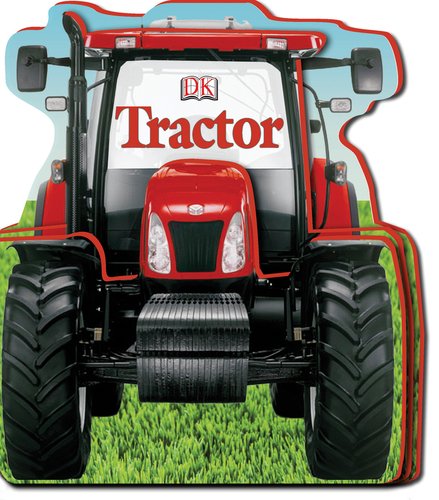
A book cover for Tractor (Shaped Board Books); DK Publishing; Children's Books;